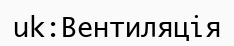
uk:Вентиляція